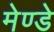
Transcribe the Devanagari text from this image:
मेण्डे